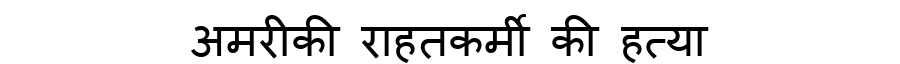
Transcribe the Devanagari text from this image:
अमरीकी राहतकर्मी की हत्या